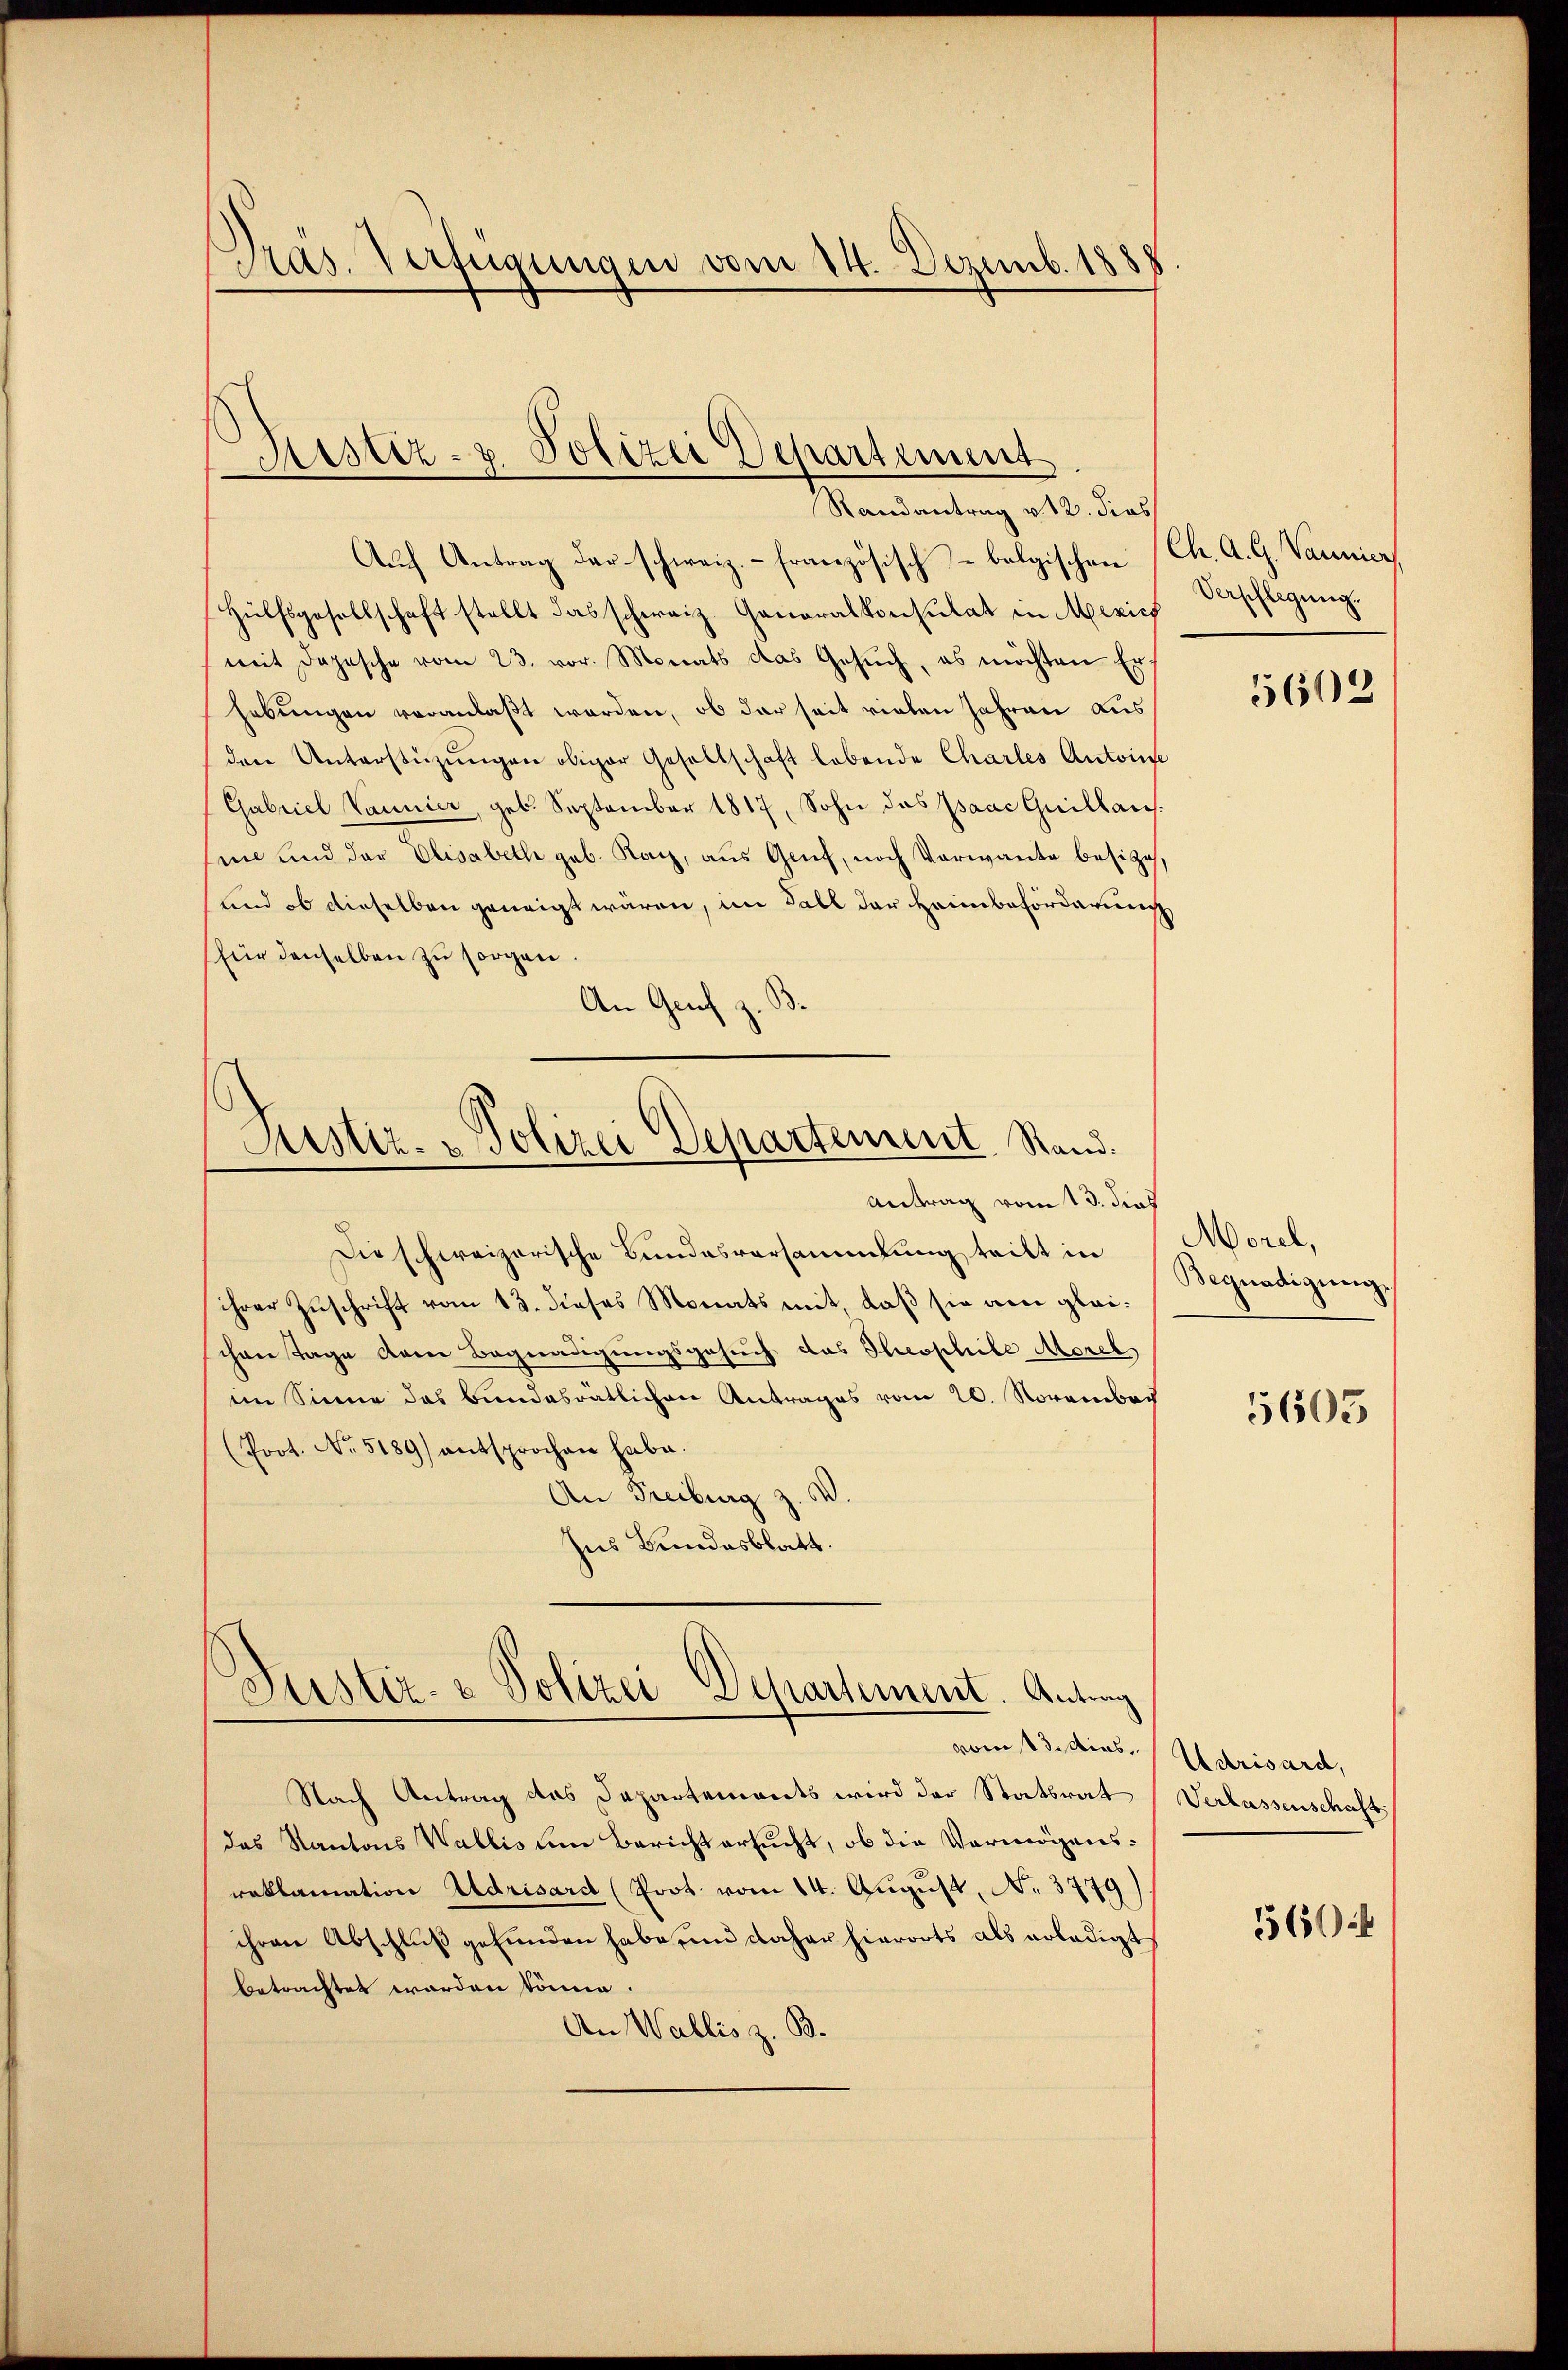
Pras. Verfügungen vom 14. Dezemb. 1888

Ristiz- & Polizei Departement
Randantrag v. 12. dies

Auch Antrag der schweiz. – französisch-bolgischen Ch. A. G. Vannier
Hülfsgesellschaft stellt das schweiz. Generalkonsulat in Mexicf
mit Depesche vom 23. vor. Monats das Gesŭch, es möchten Erhebungen veranlaßt worden, ob der seit vielen Jahren ausden Unterstüzungen obiger Gesellschaft lebende Chartes Antone
Gabriel Vannier, geb. September 1817, Sohn das Paac Guillaus.
ne und der Elisabeth geb. Kach, aus Genf, noch Vorwante besitze,
und ob dieselben geneigt wären, im Fall der Heimbeförderung
für denselben zŭ sorgen.
.
An Gruf

Justiz. Polizei Departement. Stand.
Antrag vom 13. dies

Die schweizerische Bundesversammlung teilt in Morel,
ihrer Zuschrift vom 13. dieses Monats mit, daß sie am gleichen Tage dem Begnadigungsgesuch das Theophile Morel
im Sinne das Bundesratlichen Antrages vom 20. Novembach
(Poot. No. 5189) entsprochen habe.
An Freiburg z. B.
Ins Bundesblatt.

Justiz- & Polizei-Departement. Antrag
vom 13. dies

Nach Antrag das Departements wird der Statsrat
das Kantons Wallis um Bericht ersucht, ob die Vermögensreklamation Adrisard (Prot. vom 14. August, No. 3779)
ihren Abschluß gefunden habe, und daher hierorts als erledigt
betrachtet worden könne.
An Wallis z. B.

Verschlegung.

5602

Begnadigung.

5603

Udrisard,
Verlassenschaft

564